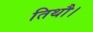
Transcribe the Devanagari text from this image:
तिथौ।